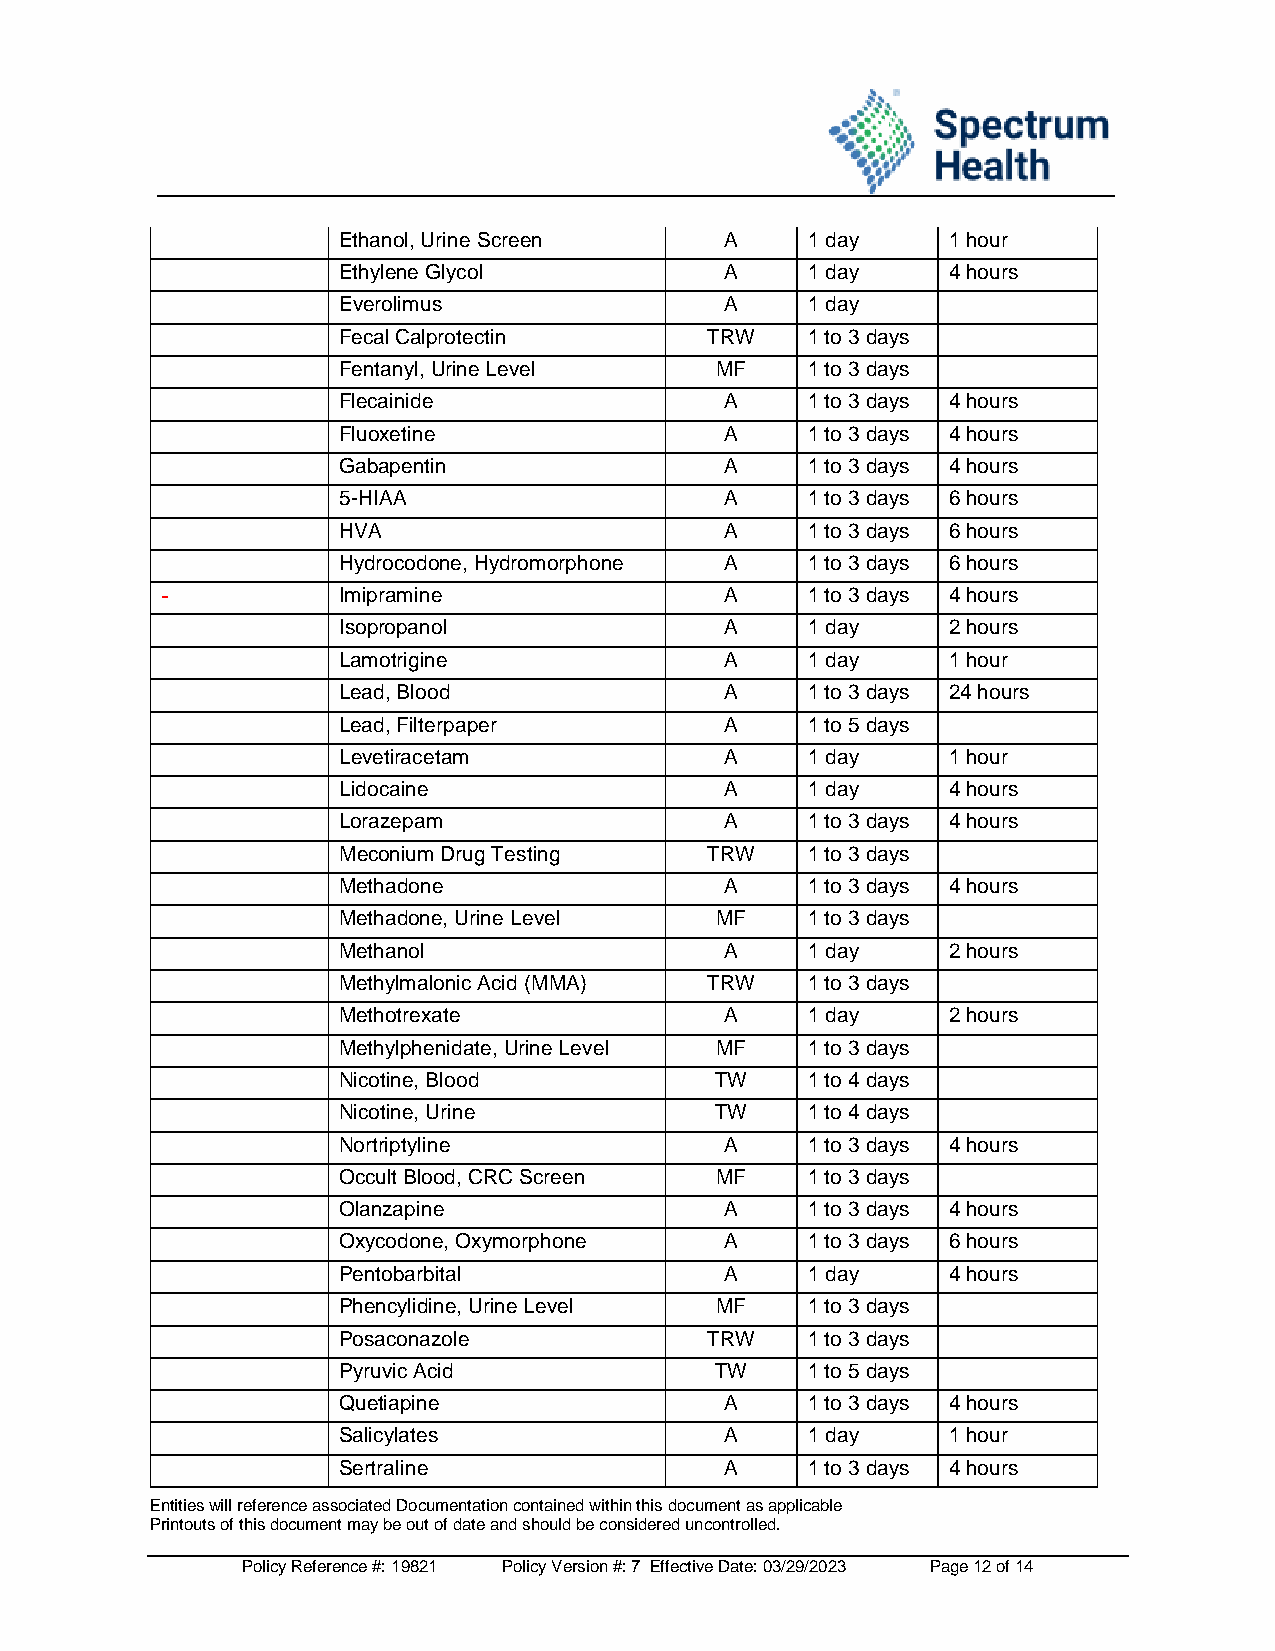
Ethanol, Urine Screen     A     1 day    1 hour
 Ethylene Glycol           A     1 day    4 hours
 Everolimus                A     1 day
 Fecal Calprotectin       TRW    1 to 3 days
 Fentanyl, Urine Level    MF     1 to 3 days
 Flecainide                A     1 to 3 days 4 hours
 Fluoxetine                A     1 to 3 days 4 hours
 Gabapentin                A     1 to 3 days 4 hours
 5-HIAA                    A     1 to 3 days 6 hours
 HVA                       A     1 to 3 days 6 hours
 Hydrocodone, Hydromorphone A    1 to 3 days 6 hours
 Imipramine                A     1 to 3 days 4 hours
 Isopropanol               A     1 day    2 hours
 Lamotrigine               A     1 day    1 hour
 Lead, Blood               A     1 to 3 days 24 hours
 Lead, Filterpaper         A     1 to 5 days
 Levetiracetam             A     1 day    1 hour
 Lidocaine                 A     1 day    4 hours
 Lorazepam                 A     1 to 3 days 4 hours
 Meconium Drug Testing    TRW    1 to 3 days
 Methadone                 A     1 to 3 days 4 hours
 Methadone, Urine Level   MF     1 to 3 days
 Methanol                  A     1 day    2 hours
 Methylmalonic Acid (MMA) TRW    1 to 3 days
 Methotrexate              A     1 day    2 hours
 Methylphenidate, Urine Level MF 1 to 3 days
 Nicotine, Blood          TW     1 to 4 days
 Nicotine, Urine          TW     1 to 4 days
 Nortriptyline             A     1 to 3 days 4 hours
 Occult Blood, CRC Screen MF     1 to 3 days
 Olanzapine                A     1 to 3 days 4 hours
 Oxycodone, Oxymorphone    A     1 to 3 days 6 hours
 Pentobarbital             A     1 day    4 hours
 Phencylidine, Urine Level MF    1 to 3 days
 Posaconazole             TRW    1 to 3 days
 Pyruvic Acid             TW     1 to 5 days
 Quetiapine                A     1 to 3 days 4 hours
 Salicylates               A     1 day    1 hour
 Sertraline                A     1 to 3 days 4 hours
 Entities will reference associated Documentation contained within this document as applicable
 Printouts of this document may be out of date and should be considered uncontrolled.
 Policy Reference #: 19821 Policy Version #: 7 Effective Date: 03/29/2023 Page 12 of 14